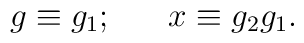
g\equiv g_{1};\ \ \ \ \ x\equiv g_{2}g_{1}.